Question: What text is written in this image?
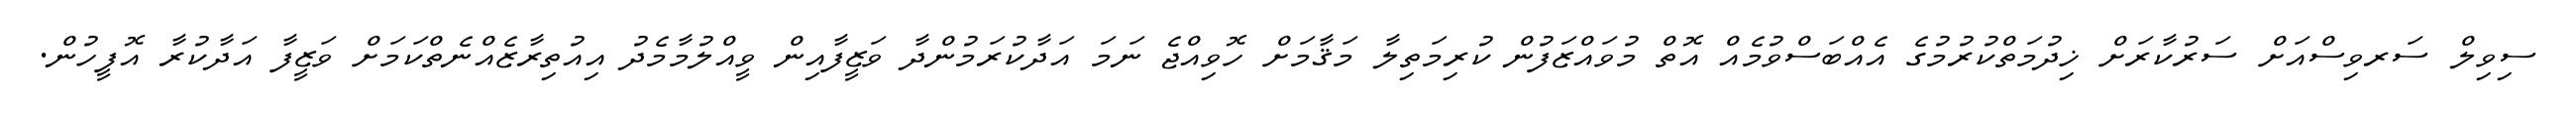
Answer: ސިވިލް ސަރވިސްއަށް ސަރުކާރަށް ޚިދުމަތްކުރުމުގެ އެއްބަސްވުމެއް އޮތް މުވައްޒަފުން ކުރިމަތިލާ މަޤާމަށް ހޮވިއްޖެ ނަމަ އަދާކުރަމުންދާ ވަޒީފާއިން ވީއްލުމާމެދު އިއުތިރާޒެއްނެތްކަމަށް ވަޒީފާ އަދާކުރާ އޮފީހުން.